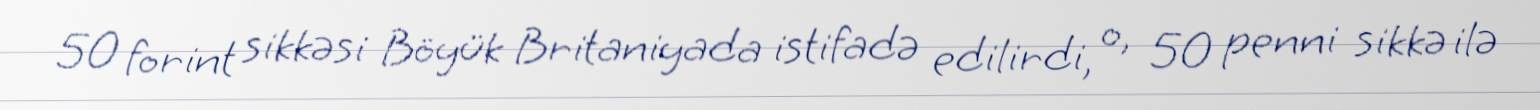
50 forint sikkəsi Böyük Britaniyada istifadə edilirdi, o, 50 penni sikkə ilə